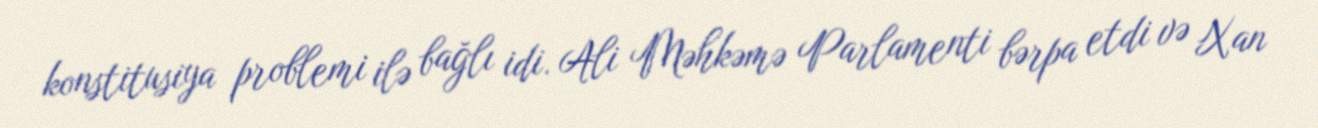
konstitusiya problemi ilə bağlı idi. Ali Məhkəmə Parlamenti bərpa etdi və Xan